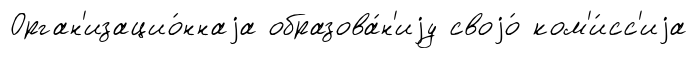
Орган'изацио́ннаjа образова́н'иjу своjо́ ком'и́сс'иjа